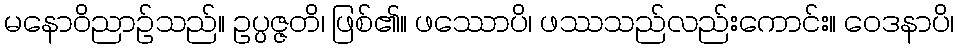
မနောဝိညာဉ်သည်။ ဥပ္ပဇ္ဇတိ၊ ဖြစ်၏။ ဖဿောပိ၊ ဖဿသည်လည်းကောင်း။ ဝေဒနာပိ၊